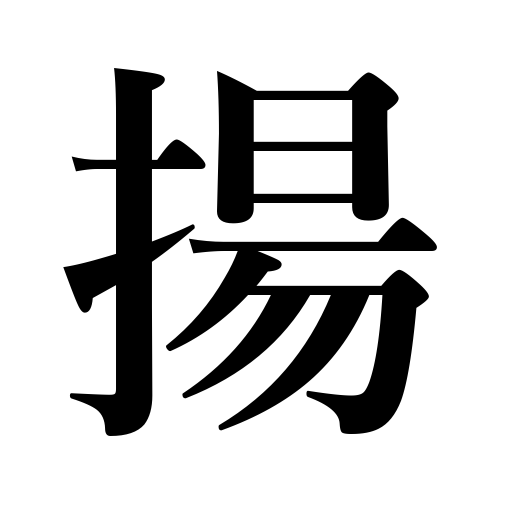
Meanings: vomit,leave with,drink,admit,raise,be caught,let up rain,expenses come to,climb up,be finished,increase,offer,call on,do up the hair,arrest,mention,praise,bear a child,usher in,send to school,fry,be offered,enter,rains stop,fry in deep fat,eat,rise,go up,begin spinning cocoons,quote,die,arrange expenses,observe,get ruffled,perform,be promoted,appreciate,accrue,elevate,give examples,engage,improve talents,present,finish,fly kites,go bankrupt,improve,weaken as a battery,promote,advance